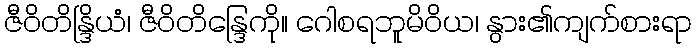
ဇီဝိတိန္ဒြိယံ၊ ဇီဝိတိန္ဒြေကို။ ဂေါစရဘူမိဝိယ၊ နွား၏ကျက်စားရာ